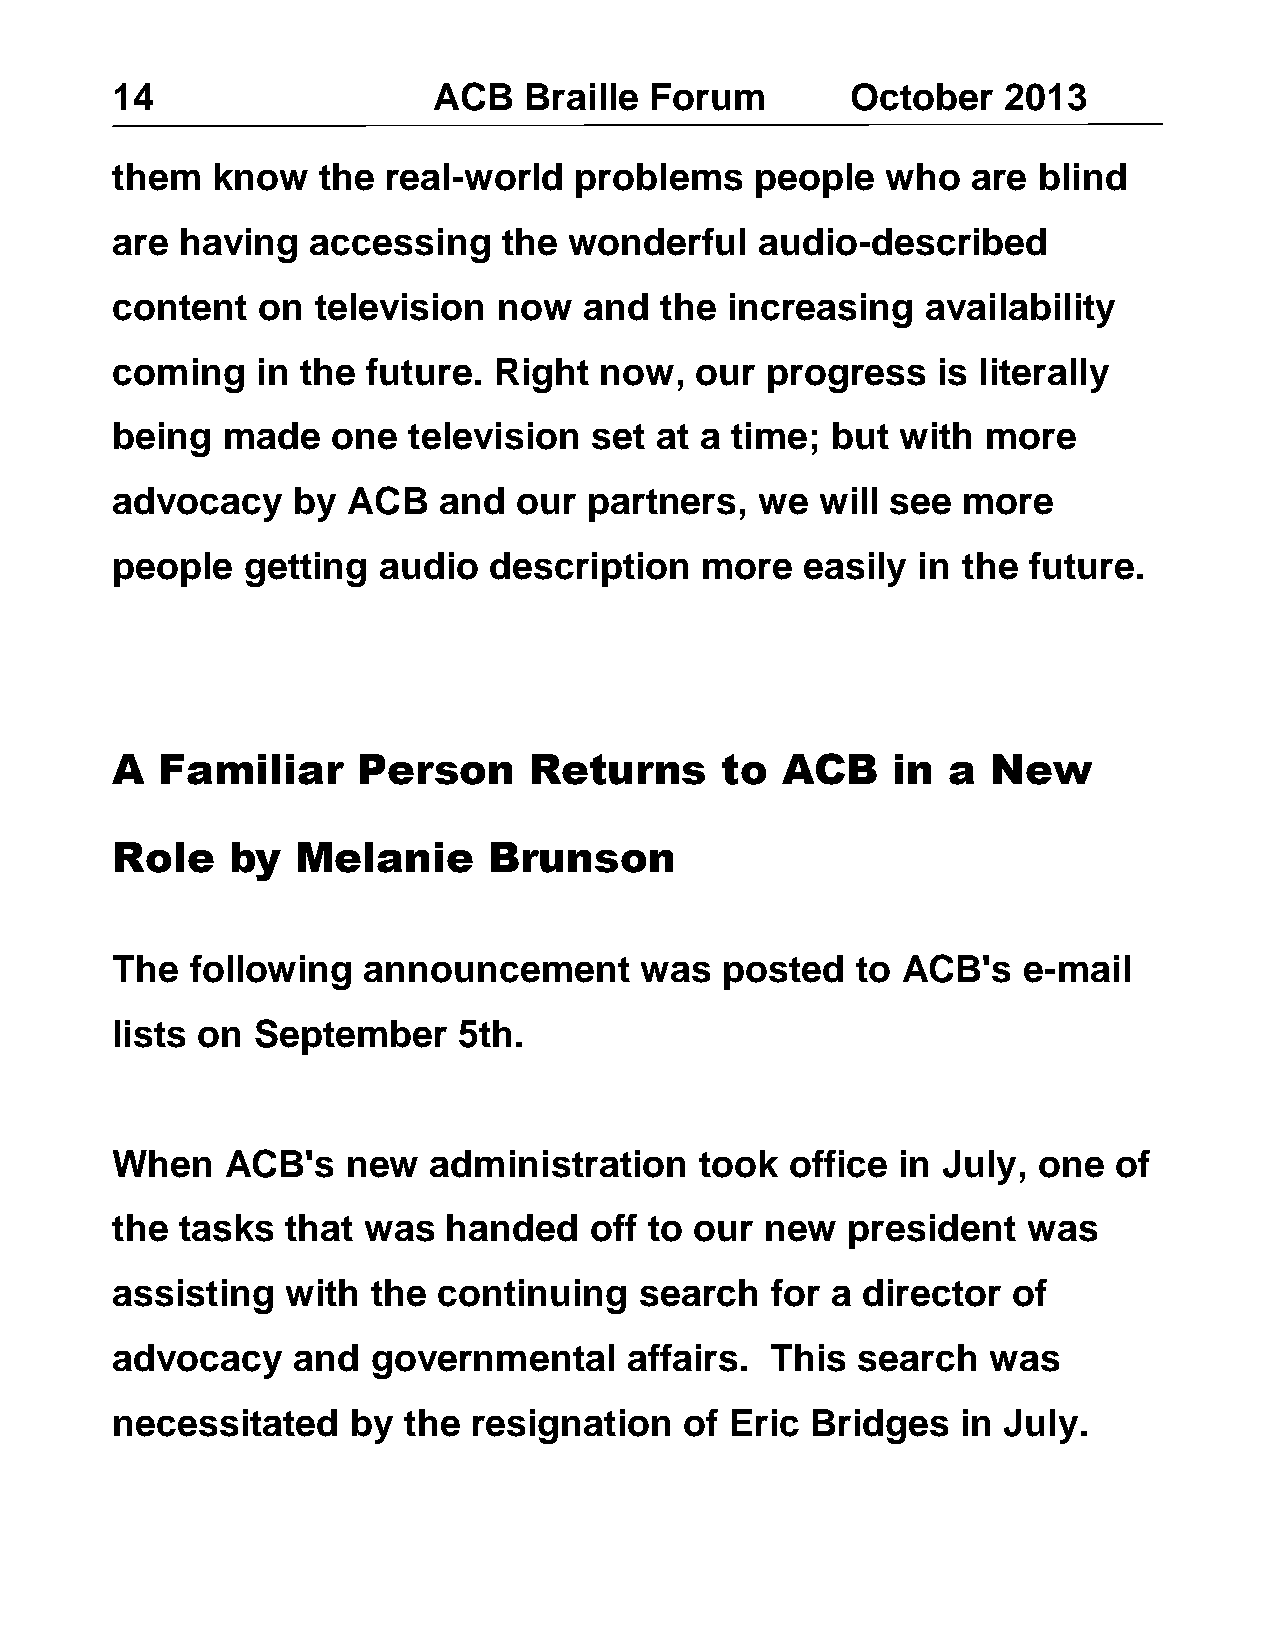
14                    ACB   Braille Forum        October   2013
 them   know   the  real-world  problems    people   who  are  blind
 are  having   accessing   the  wonderful   audio-described
 content   on  television  now   and  the increasing   availability
 coming    in the future.  Right  now,  our  progress   is literally
 being   made   one  television  set at a time;  but  with more
 advocacy    by  ACB   and  our  partners,  we  will see  more
 people   getting  audio  description   more   easily  in the future.
 A   Familiar     Person     Returns      to  ACB    in  a  New
 Role    by   Melanie     Brunson
 The   following  announcement      was   posted   to ACB's   e-mail
 lists on  September    5th.
 When    ACB's   new  administration    took  office  in July, one  of
 the  tasks  that was   handed   off to our  new  president   was
 assisting   with  the continuing   search   for a director  of
 advocacy    and   governmental     affairs. This  search  was
 necessitated    by  the resignation   of Eric  Bridges   in July.